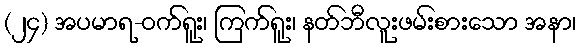
(၂၄) အပမာရ-ဝက်ရူး၊ ကြက်ရူး၊ နတ်ဘီလူးဖမ်းစားသော အနာ၊